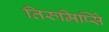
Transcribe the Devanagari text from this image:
तिरुमिष्सिे